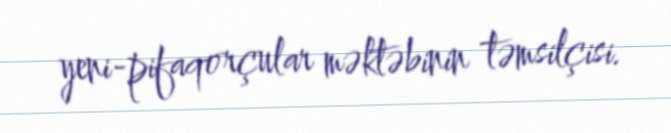
yeni-pifaqorçular məktəbinin təmsilçisi.